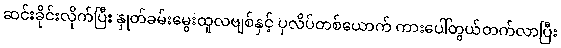
ဆင်းခိုင်းလိုက်ပြီး နှုတ်ခမ်းမွေးထူလဗျစ်နှင့် ပုလိပ်တစ်ယောက် ကားပေါ်တွယ်တက်လာပြီး